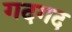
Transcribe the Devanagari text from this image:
गदगद